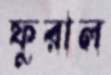
ফুরাল